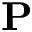
\mathbf { P }